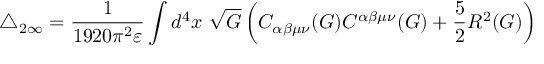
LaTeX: \triangle _ { 2 \infty } = \frac { 1 } { 1 9 2 0 \pi ^ { 2 } \varepsilon } \int d ^ { 4 } x ~ \sqrt { G } \left( C _ { \alpha \beta \mu \nu } ( G ) C ^ { \alpha \beta \mu \nu } ( G ) + \frac { 5 } { 2 } R ^ { 2 } ( G ) \right)